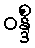
ဝန္ဒိံ